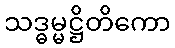
သဒ္ဓမ္မဋ္ဌိတိကော